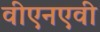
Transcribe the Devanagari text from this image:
वीएनएवी